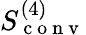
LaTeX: S_{\mathrm{~c~o~n~v~}}^{(4)}